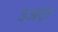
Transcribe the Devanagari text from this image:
उअटा